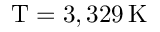
\mathrm { T } = 3 , 3 2 9 \, \mathrm { K }